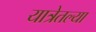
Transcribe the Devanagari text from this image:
यात्रेतल्या